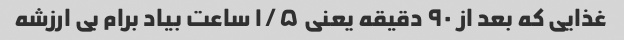
غذایی که بعد از ۹۰ دقیقه یعنی ۱/۵ ساعت بیاد برام بی ارزشه